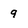
Character: 9